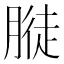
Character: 𱼓